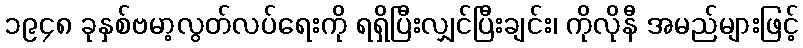
၁၉၄၈ ခုနှစ်ဗမာ့လွတ်လပ်ရေးကို ရရှိပြီးလျှင်ပြီးချင်း၊ ကိုလိုနီ အမည်များဖြင့်